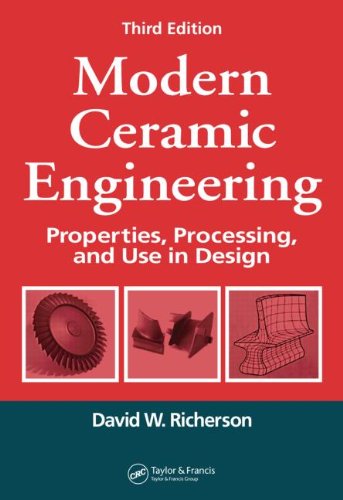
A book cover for Modern Ceramic Engineering: Properties, Processing, and Use in Design, 3rd Edition (Materials Engineering); David W. Richerson; Engineering & Transportation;